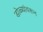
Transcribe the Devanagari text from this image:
डोळ्यांवरून